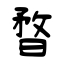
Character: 暓